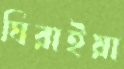
ঘিরাইয়া